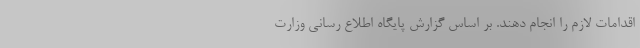
اقدامات لازم را انجام دهند. بر اساس گزارش پایگاه اطلاع رسانی وزارت